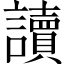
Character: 讀